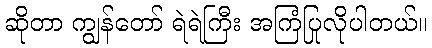
ဆိုတာ ကျွန်တော် ရဲရဲကြီး အကြံပြုလိုပါတယ်။